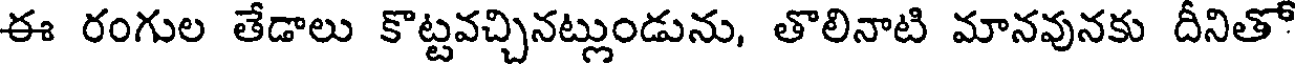
ఈ రంగుల తేడాలు కొట్టవచ్చినట్లుండును, తొలినాటి మానవునకు దీనితో